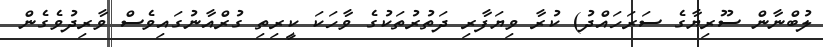
ލުބްނާން ސޫރިޔާގެ ސަރަހައްދު) ކުރާ ވިޔަފާރި ދަތުރުތަަކުގެ ވާހަކަ ކީރިތި ގުރްއާނުގައިވެސް ވާރިދުވެގެން